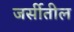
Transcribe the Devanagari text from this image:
जर्सीतील